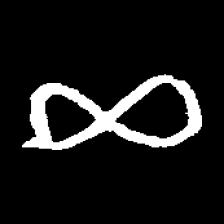
Pyu character \u2014 Myanmar letter: ဆ (romanized: cha)